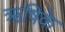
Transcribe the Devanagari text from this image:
ऋषिके